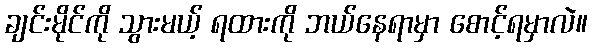
ချင်းမိုင်ကို သွားမယ့် ရထားကို ဘယ်နေရာမှာ စောင့်ရမှာလဲ။